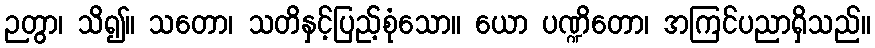
ဉတွာ၊ သိ၍။ သတော၊ သတိနှင့်ပြည့်စုံသော။ ယော ပဏ္ဍိတော၊ အကြင်ပညာရှိသည်။